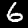
Label: 6